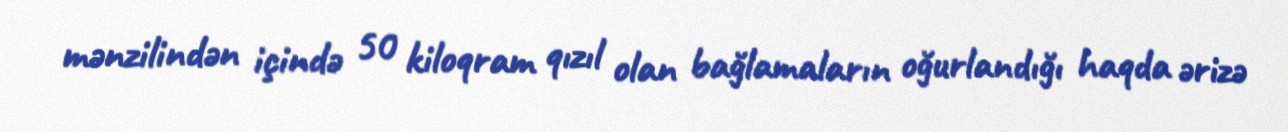
mənzilindən içində 50 kiloqram qızıl olan bağlamaların oğurlandığı haqda ərizə